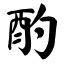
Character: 酌